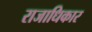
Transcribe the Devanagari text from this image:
राजाधिकार